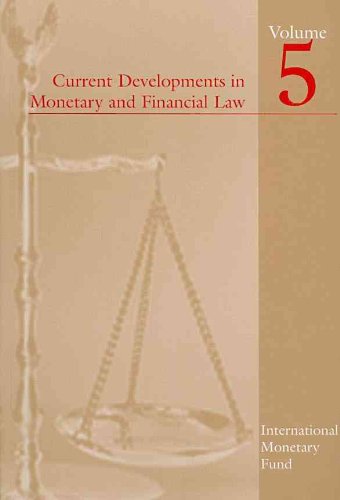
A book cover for Current Developments in Monetary and Financial Law, Volume 5; Business & Money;